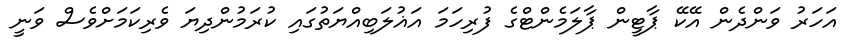
އަހަރު ވަންދެން އޭކޭ ޕާޓީން ޕާލަމެންޓްގެ ފުރިހަމަ އަޣުލަބިއްޔަތުގައި ކުރަމުންދިޔަ ވެރިކަމަށްވެސް ވަނީ